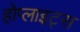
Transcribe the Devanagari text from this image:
होप्लाइट्स